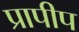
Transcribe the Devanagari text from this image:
प्रापीप